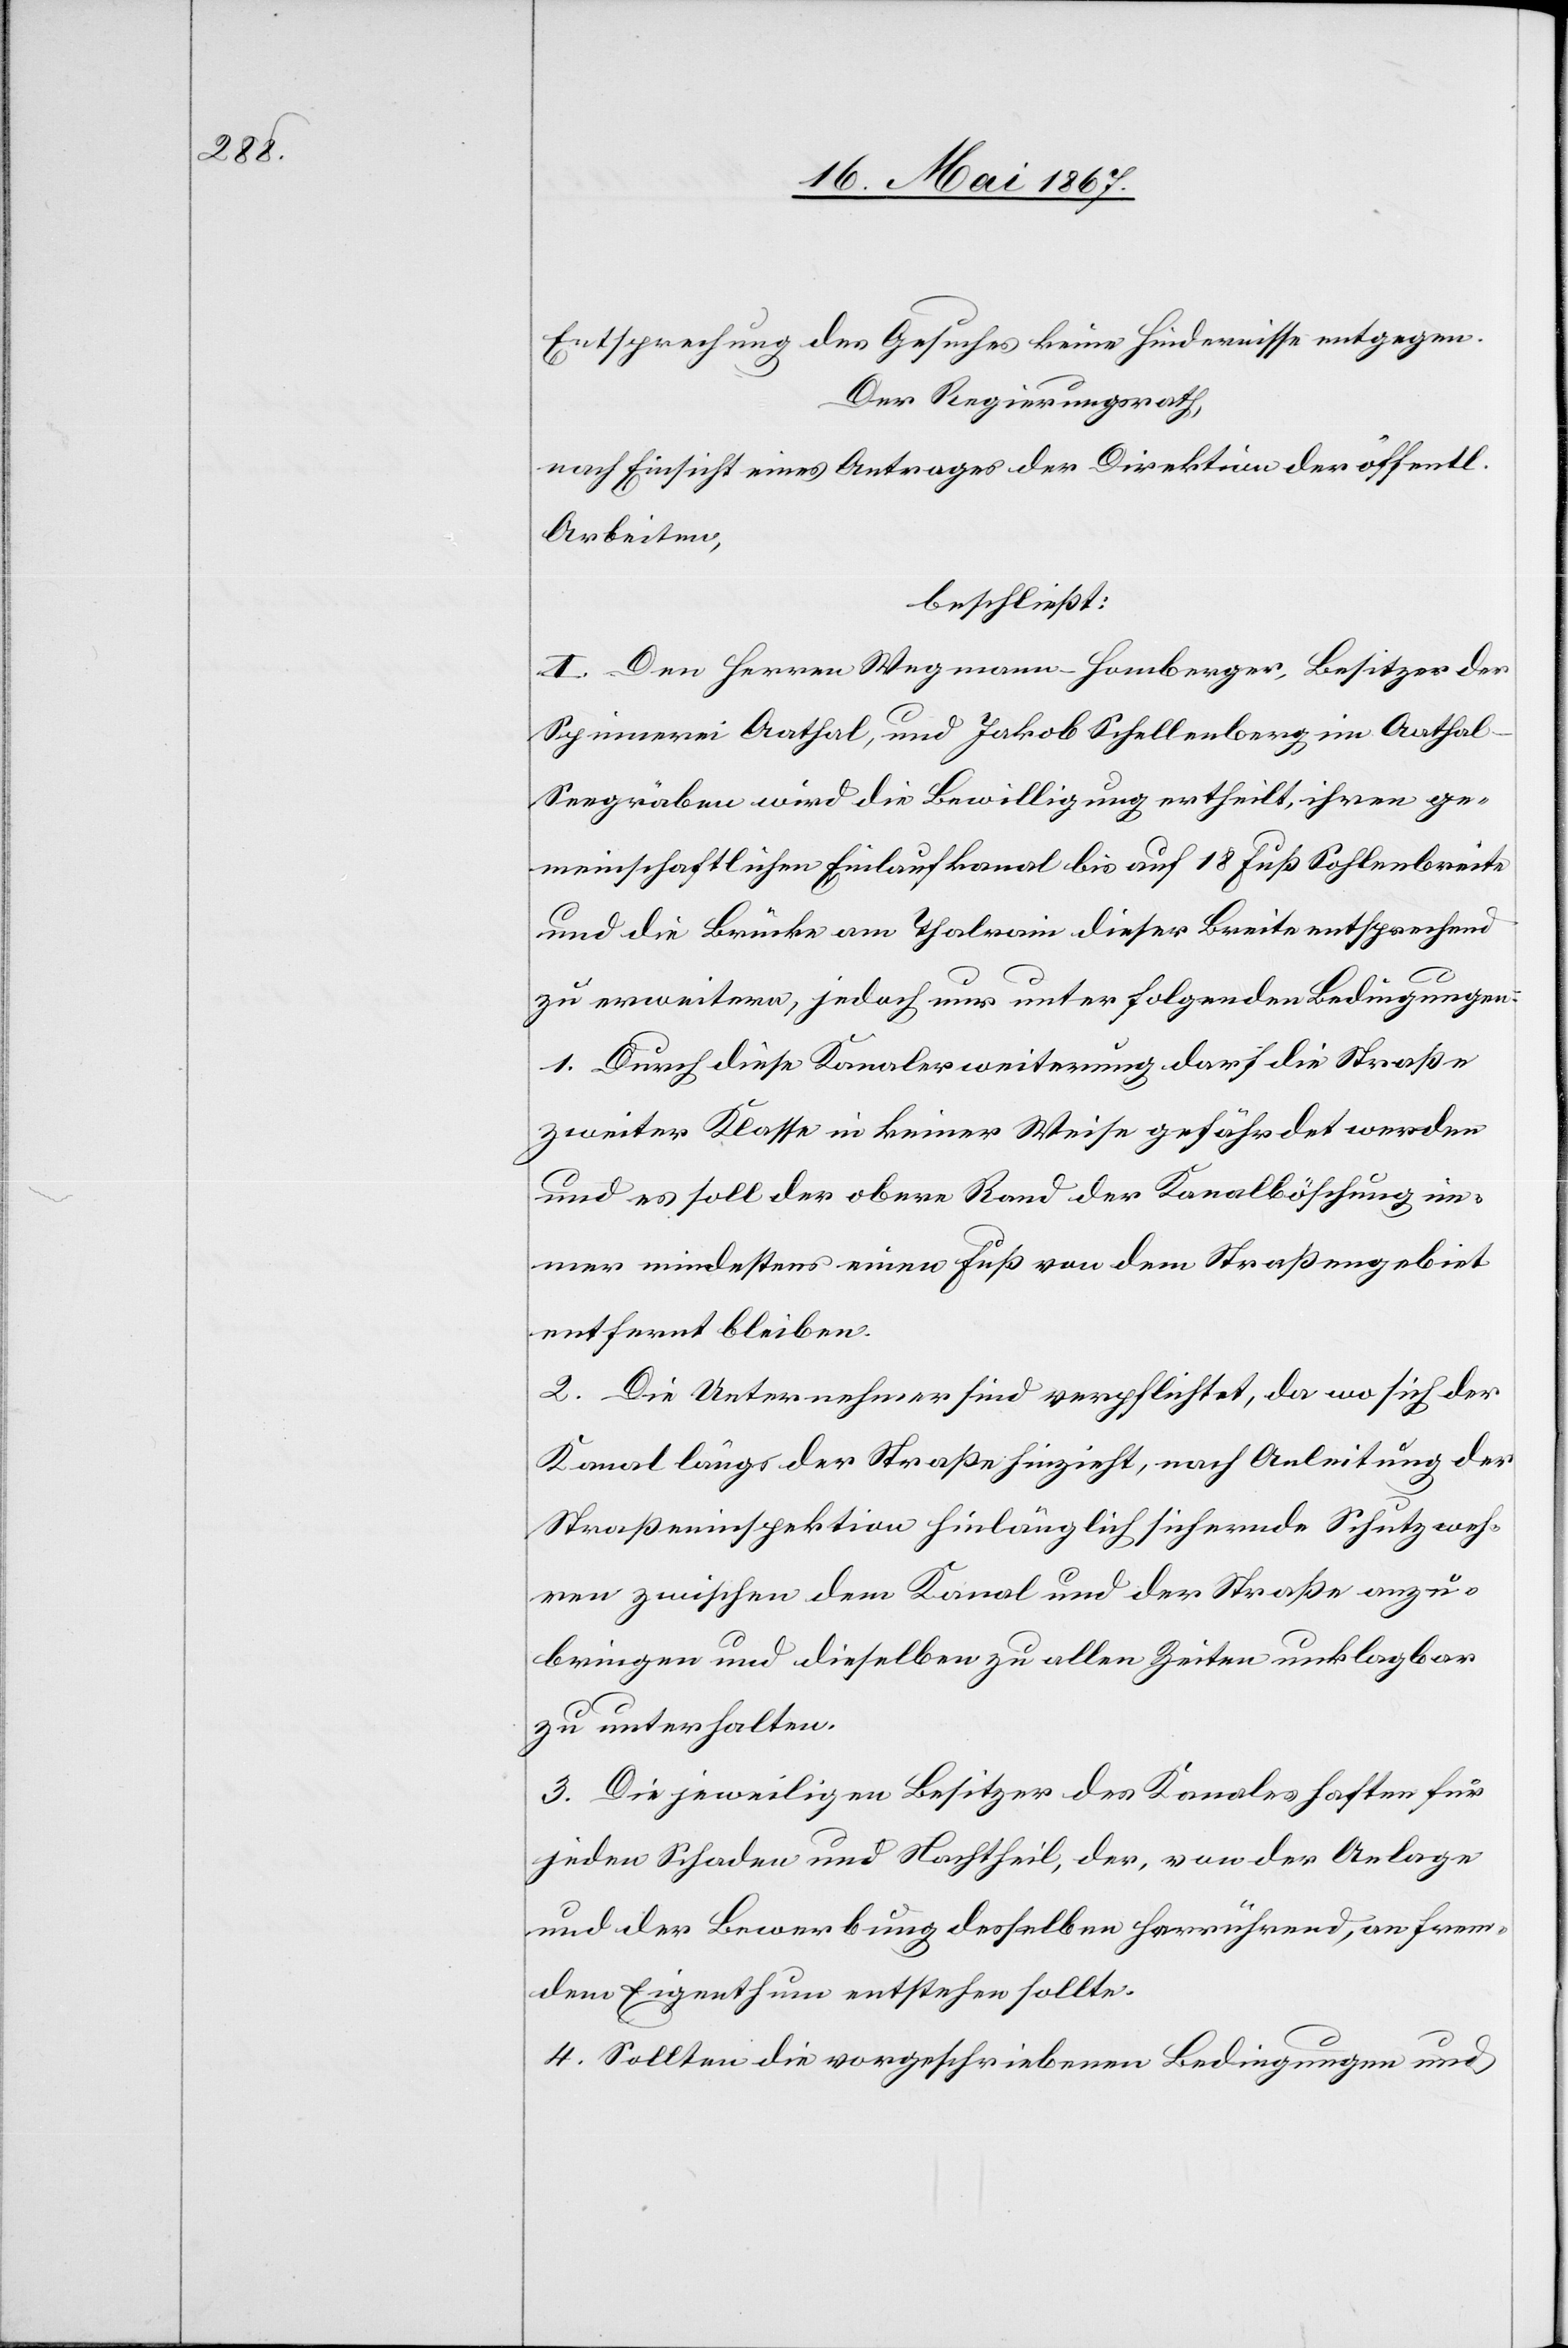
Entsprechung des Gesuches keine Hindernisse entgegen.
Der Regierungsrath,
nach Einsicht eines Antrages der Direktion der öffentl.
Arbeiten,
beschließt:
I. Den Herren Wegmann-Homberger, Besitzer der
Spinnerei Aathal, und Jakob Schellenberg im Aathal-S¬
eegräben wird die Bewilligung ertheilt, ihren ge¬
meinschaftlichen Einlaufkanal bis auf 18 Fuß Sohlenbreite
und die Brücke am Thalrain dieser Breite entsprechend
zu erweitern, jedoch nur unter folgenden Bedingungen:
1. Durch diese Kanalerweiterung darf die Straße
zweiter Klasse in keiner Weise gefährdet werden
und es soll der obere Rand der Kanalböschung im¬
mer mindestens einen Fuß von dem Straßengebiet
entfernt bleiben.
2. Die Unternehmer sind verpflichtet, da wo sich der
Kanal längs der Straße hinzieht, nach Anleitung der
Straßeninspektion hinlänglich sichernde Schutzweh¬
ren zwischen dem Kanal und der Straße anzu¬
bringen und dieselben zu allen Zeiten unklagbar
zu unterhalten.
3. Die jeweiligen Besitzer des Kanals haften für
jeden Schaden und Nachtheil, der, von der Anlage
und der Bewerbung desselben herrührend, an frem¬
dem Eigenthum entstehen sollte.
4. Sollten die vorgeschriebenen Bedingungen und